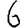
Digit: 6